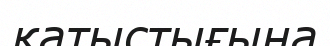
қатыстығына